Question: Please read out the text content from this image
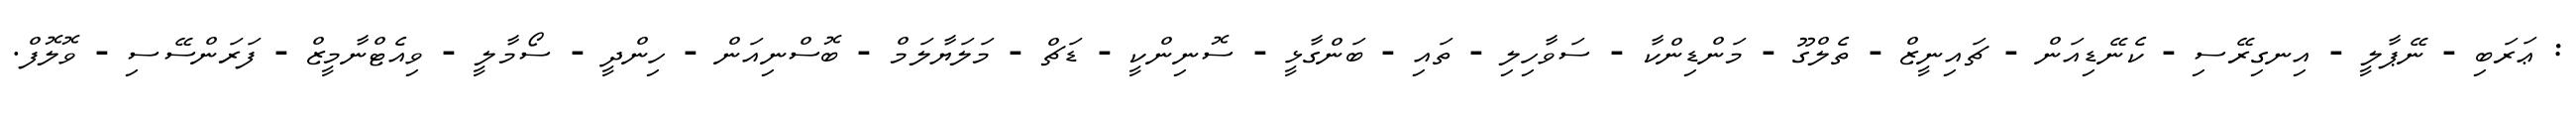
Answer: : ޢަރަބި - ނޭޕާލީ - އިނގިރޭސި - ކެނޭޑިއަން - ޗައިނީޒް - ތެލްގޫ - މަންޑިންކާ - ސަވާހިލި - ތައި - ބަންގާޅީ - ސޮނިންކީ - ޑަޗް - މަލަޔާލަމް - ބޮސްނިއަން - ހިންދީ - ސޯމާލީ - ވިއެޓްނާމީޒް - ފަރަންސޭސި - ވޮލޮފް.